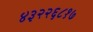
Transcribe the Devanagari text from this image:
४३२२६८१७